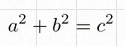
a^2+b^2=c^2